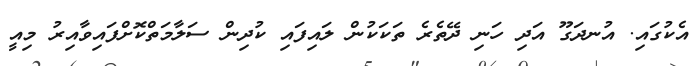
އެކުގައި. އުނދަގޫ އަދި ހަނި ދޭތެރެ ތަކަކުން ލައިފައި ކުދިން ސަލާމަތްކޮށްފައިވާއިރު މިއީ